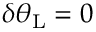
\delta \theta _ { \mathrm { { L } } } = 0